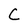
Character: C